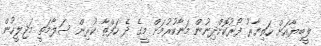
ލީބިޔާއަށް ހަތިޔާރު ފޯރުކޮށްދިނުން މަނާކުރުމަށް މީގެ ދެ ހަފްތާ ކުރިން ސަލާމަތީ މަޖިލީހުން